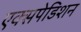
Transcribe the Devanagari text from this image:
एक्सपेडिशन